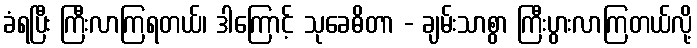
ခံရပြီး ကြီးလာကြရတယ်၊ ဒါကြောင့် သုခေဓိတာ - ချမ်းသာစွာ ကြီးပွားလာကြတယ်လို့